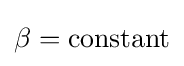
\beta ={\text{constant}}